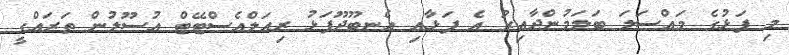
މި ފަޅުގެ މައްސަލަ ބަލަމުންދާއިރު އެ ފަޅާއި އެނބޫދޫފަޅު ރިއަލްއެސްޓޭޓް އުސޫލުން ތަރައްގީ